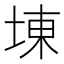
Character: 埬